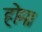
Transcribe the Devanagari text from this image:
होम।